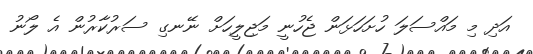
އަދި މި މައްސަލަ ހުށަހަޅަން ޖެހުނީ މަޖިލީހަށް ނޭނގި ސަރުކާރުން އެ ލޯނު